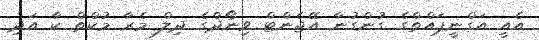
އެއީ އަގްނީޕައްތްގެ ގުންގުނާ އޭޖެންޓް ވިނޯދްގެ ދިލް މެރާ މުކްތް ކާ އަދި